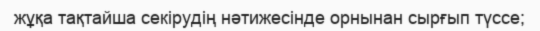
жұқа тақтайша секiрудiң нәтижесiнде орнынан сырғып түссе;